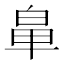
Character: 𮮳